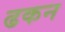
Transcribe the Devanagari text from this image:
ढकन